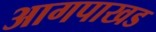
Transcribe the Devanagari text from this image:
आगपाखड